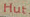
Hut.